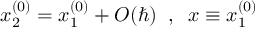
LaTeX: x _ { 2 } ^ { ( 0 ) } = x _ { 1 } ^ { ( 0 ) } + O ( \hbar ) \; \; , \; \; x \equiv x _ { 1 } ^ { ( 0 ) }